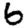
Digit: 6